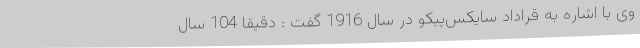
وی با اشاره به قراداد سایکس‌پیکو در سال 1916 گفت‌ : دقیقا 104 سال